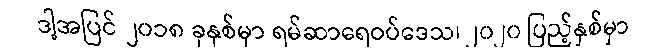
ဒါ့အပြင် ၂၀၁၈ ခုနှစ်မှာ ရမ်ဆာရေဝပ်ဒေသ၊ ၂၀၂၀ ပြည့်နှစ်မှာ